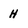
Character: H